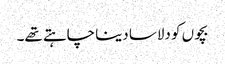
بچوں کو دلاسا دینا چاہتے تھے۔